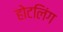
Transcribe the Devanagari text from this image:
होटलिंग